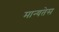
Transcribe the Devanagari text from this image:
मान्यतेस